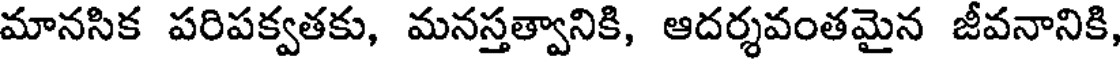
మానసిక పరిపక్వతకు, మనస్తత్వానికి, ఆదర్శవంతమైన జీవనానికి,